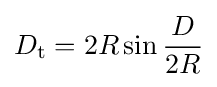
D_{\textrm {t}}=2R\sin {\frac {D}{2R}}